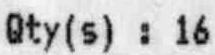
QTY(S) : 16